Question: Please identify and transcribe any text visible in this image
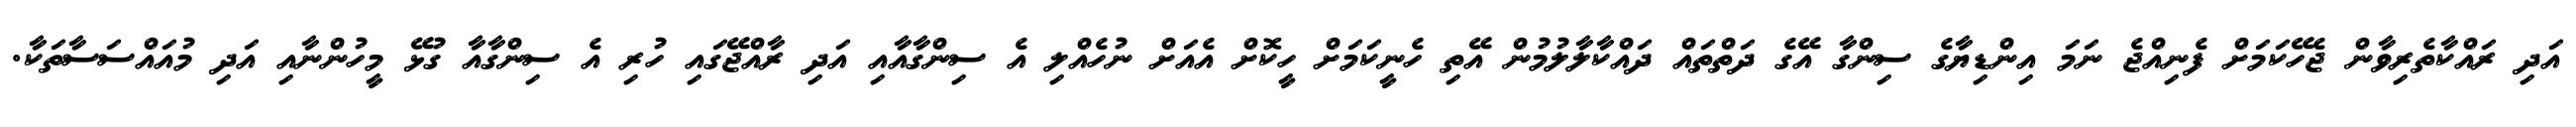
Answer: އަދި ރައްކާތެރިވާން ޖެހޭކަމަށް ފެނިއްޖެ ނަމަ އިންޑިޔާގެ ސިންގާ އޭގެ ދަތްތައް ދައްކާލާލުމުން އޭތި ހެނީކަމަށް ހީކޮށް އެއަށް ނުހެއްލި އެ ސިންގާއާއި އަދި ރާއްޖޭގައި ހުރި އެ ސިންގާއާ ގުޅޭ މީހުންނާއި އަދި މުއައްސަސާތަކާ.